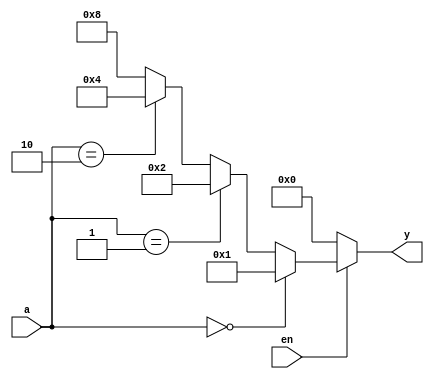
`timescale 1 ns/1 ns
module decoder_2_4_if
(
input wire [1:0] a ,
input wire en,
output reg [3:0] y
);
always @*
  if (en==1'b0) // can be written as (~en)
    y = 4'b0000;
  else if(a==2'b00)
    y = 4'b0001;
  else if (a==2'b01)
    y = 4'b0010;
  else if (a==2'b10)
    y = 4'b0100;
  else
    y = 4'b1000;
 endmodule
 
 module decoder_2_4_case
(
input wire [1:0] a ,
input wire en,
output reg [3:0] y
);
always @*
  case({en,a})
    3'b000, 3'b001, 3'b010, 3'b011: y = 4'b0000;
    3'b100: begin y = 4'b0001; end
    3'b101: y = 4'b0010;
    3'b110: y = 4'b0100;
    3'b111: y = 4'b1000; // default also can be used
  endcase
endmodule